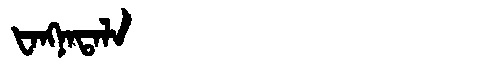
Manchu: ᡶᠠᠩᠨᠠᡨᠠᠯᠠ
Romanization: FANGNATALA